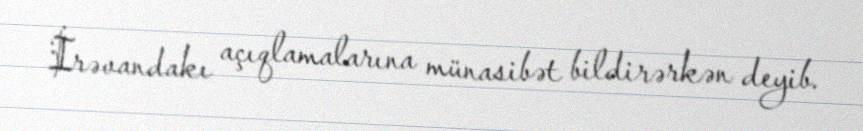
İrəvandakı açıqlamalarına münasibət bildirərkən deyib.